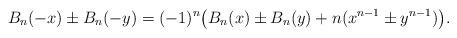
LaTeX: \begin{align*}B_n ( - x) \pm B_n ( - y) =(-1)^n\big( B_n (x) \pm B_n (y) + n(x^{n - 1} \pm y^{n - 1} )\big).\end{align*}